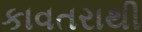
કાવતરાથી